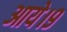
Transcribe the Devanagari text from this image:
आये।९